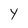
Character: Y